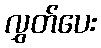
လွှတ်ပေး